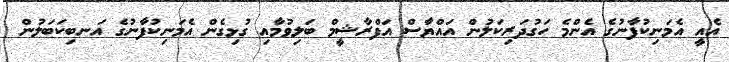
އެއީ އެމަނިކުފާނުގެ އެންމެ ހަގުދަރިކަލުން އައްޔާސް އަފްރާޝީމް ބަލިވުމާއި ގުޅިގެން އެމަނިކުފާނުގެ އަނބިކަބަލުން